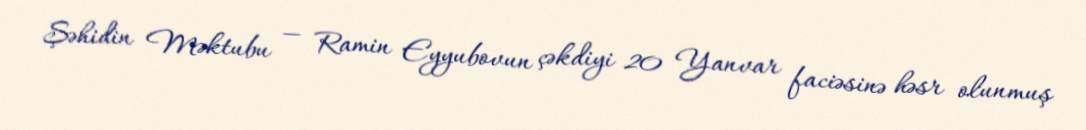
Şəhidin Məktubu — Ramin Eyyubovun çəkdiyi 20 Yanvar faciəsinə həsr olunmuş